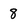
Character: 8